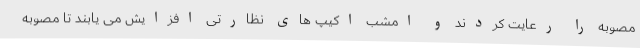
مصوبه را رعایت کردند و امشب اکیپ های نظارتی افزایش می یابند تا مصوبه